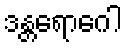
ဒန္တရောဂေါ